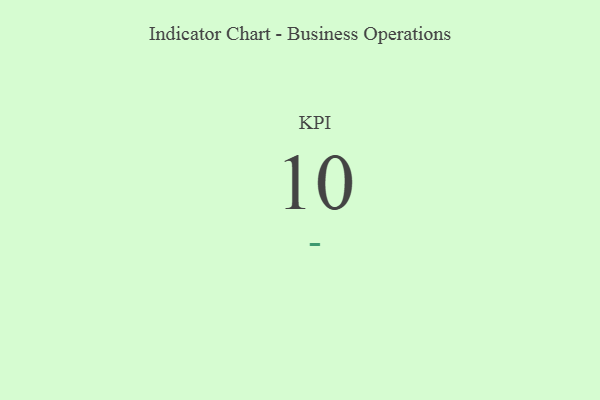
{"axis": {"x": "KPI", "y": "Value"}, "legend": [""], "data": [{"x": "KPI", "y": 10, "type": ""}]}